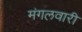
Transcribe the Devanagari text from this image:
मंगलवारी